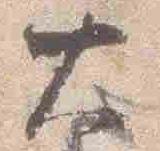
大